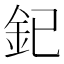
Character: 釲